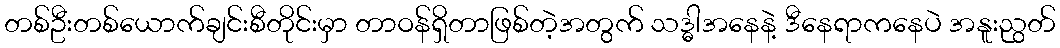
တစ်ဦးတစ်ယောက်ချင်းစီတိုင်းမှာ တာဝန်ရှိတာဖြစ်တဲ့အတွက် သဒ္ဓါအနေနဲ့ ဒီနေရာကနေပဲ အနူးညွတ်